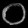
Digit: ၀